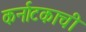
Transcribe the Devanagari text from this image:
कर्नाटकाची